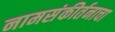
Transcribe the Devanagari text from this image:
नामसंकीर्तनाचा